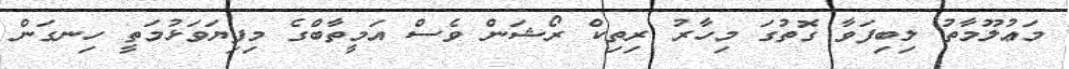
މަޢުލޫމާތު ލިބިފަވާ ގޮތުގަ މިހާރު ރިތިކް ރޯޝަން ވެސް އަމީތާބްގެ މިފިޔަވަޅުމަތީ ހިނގަން